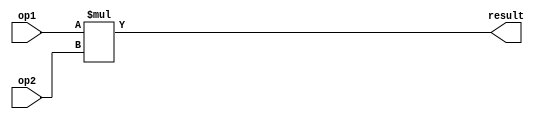
//  Module: uint8_mult
//
module uint8_mult
#(
    parameter DATA_WIDTH = 8
)
    (
        input   [DATA_WIDTH -1:0]   op1,
        input   [DATA_WIDTH -1:0]   op2,
        output  [2*DATA_WIDTH-1:0]  result
    );

    assign result =  op1 * op2;

    
endmodule